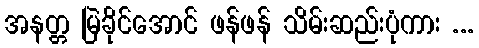
အနတ္တ မြဲခိုင်အောင် ဖန်ဖန် သိမ်းဆည်းပုံကား ...